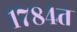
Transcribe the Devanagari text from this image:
१७८४त